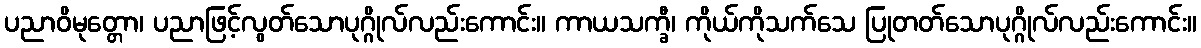
ပညာဝိမုတ္တော၊ ပညာဖြင့်လွတ်သောပုဂ္ဂိုလ်လည်းကောင်း။ ကာယသက္ခီ၊ ကိုယ်ကိုသက်သေ ပြုတတ်သောပုဂ္ဂိုလ်လည်းကောင်း။